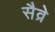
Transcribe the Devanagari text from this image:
सैव्रे